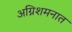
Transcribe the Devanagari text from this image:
अग्निशमनात